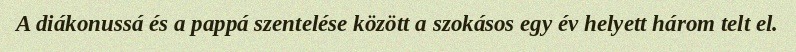
A diákonussá és a pappá szentelése között a szokásos egy év helyett három telt el.